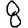
Digit: 8